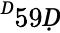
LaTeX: ^Ḋ59Ḍ